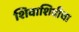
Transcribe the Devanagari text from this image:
शिवाशिवीचा